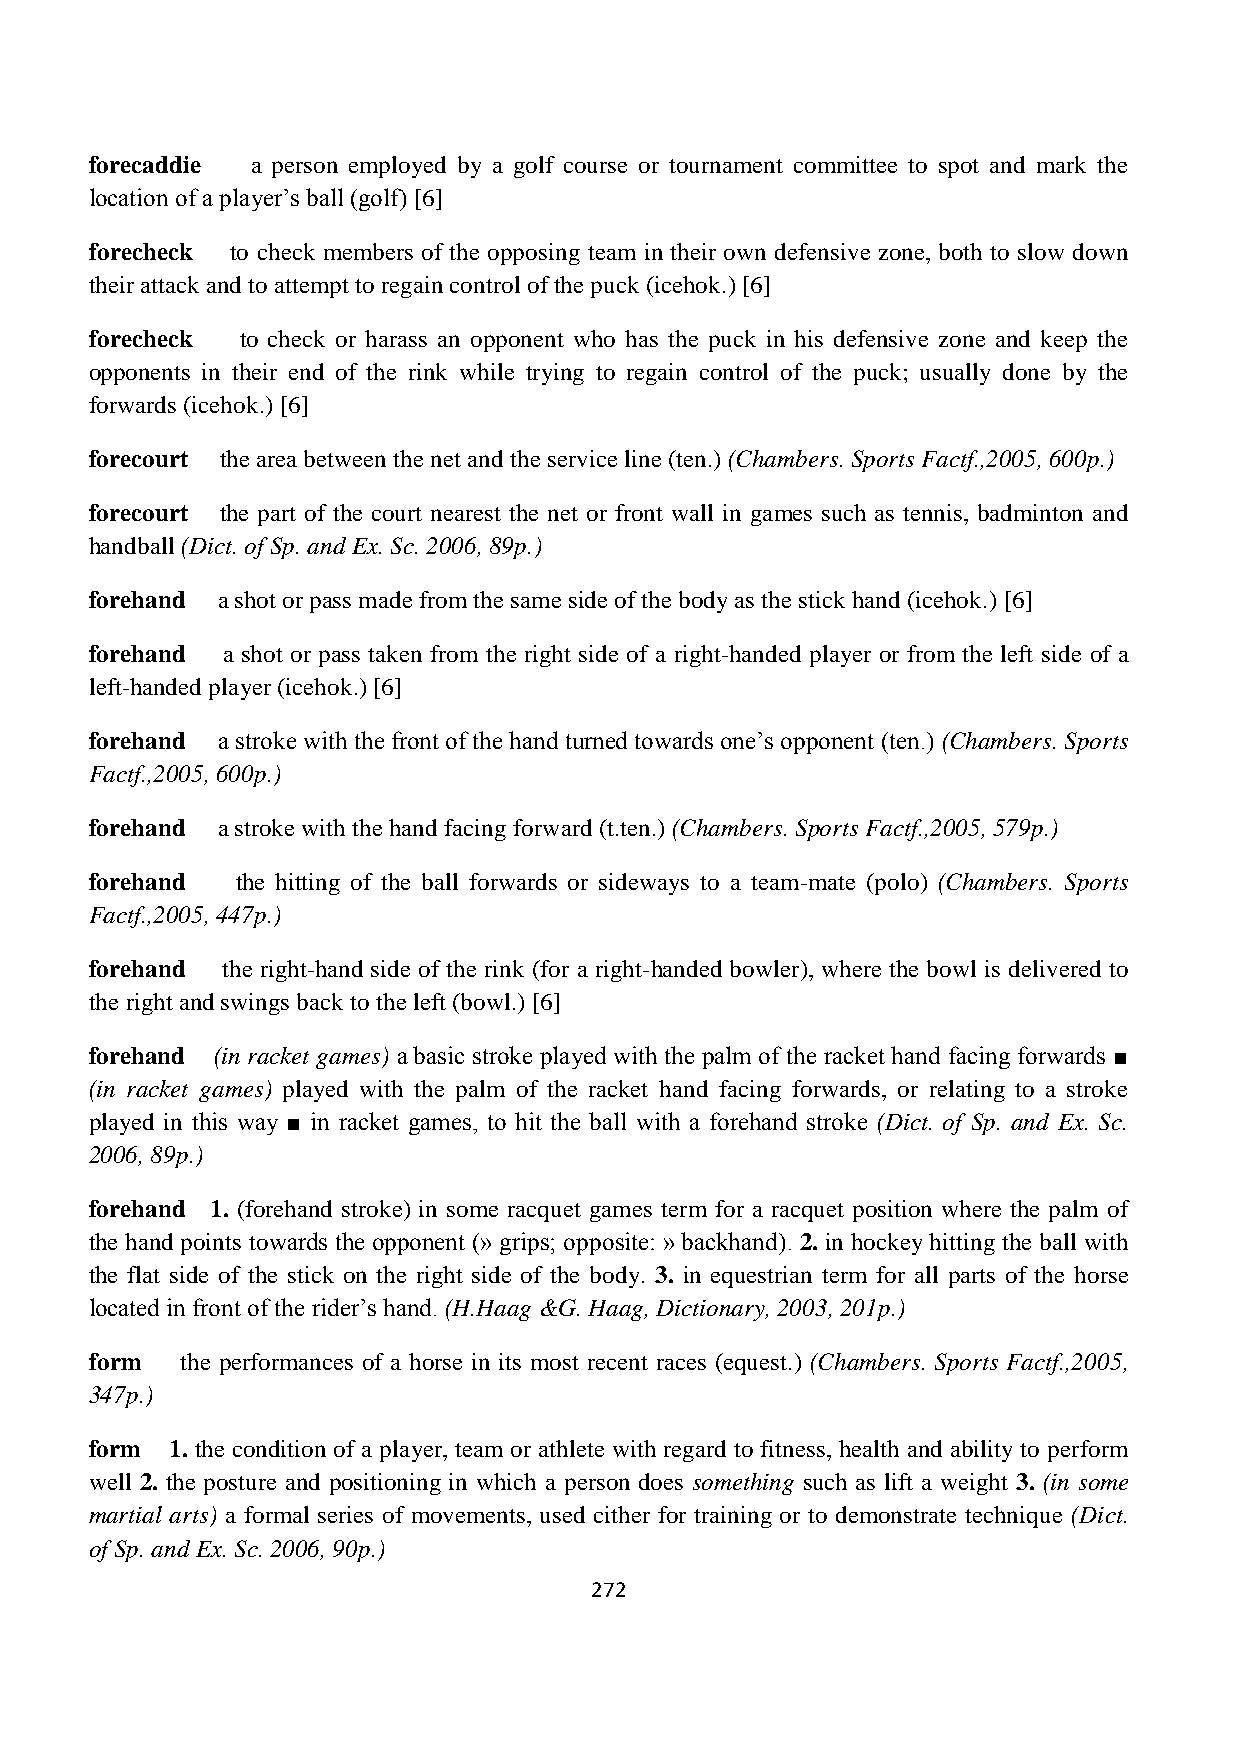
forecaddie a person employed by a golf course or tournament committee to spot and mark the
 location of a player‟s ball (golf) [6]
 forecheck to check members of the opposing team in their own defensive zone, both to slow down
 their attack and to attempt to regain control of the puck (icehok.) [6]
 forecheck to check or harass an opponent who has the puck in his defensive zone and keep the
 opponents in their end of the rink while trying to regain control of the puck; usually done by the
 forwards (icehok.) [6]
 forecourt the area between the net and the service line (ten.) (Chambers. Sports Factf.,2005, 600p.)
 forecourt the part of the court nearest the net or front wall in games such as tennis, badminton and
 handball (Dict. of Sp. and Ex. Sc. 2006, 89p.)
 forehand a shot or pass made from the same side of the body as the stick hand (icehok.) [6]
 forehand a shot or pass taken from the right side of a right-handed player or from the left side of a
 left-handed player (icehok.) [6]
 forehand a stroke with the front of the hand turned towards one‟s opponent (ten.) (Chambers. Sports
 Factf.,2005, 600p.)
 forehand a stroke with the hand facing forward (t.ten.) (Chambers. Sports Factf.,2005, 579p.)
 forehand  the hitting of the ball forwards or sideways to a team-mate (polo) (Chambers. Sports
 Factf.,2005, 447p.)
 forehand the right-hand side of the rink (for a right-handed bowler), where the bowl is delivered to
 the right and swings back to the left (bowl.) [6]
 forehand (in racket games) a basic stroke played with the palm of the racket hand facing forwards ■
 (in racket games) played with the palm of the racket hand facing forwards, or relating to a stroke
 played in this way ■ in racket games, to hit the ball with a forehand stroke (Dict. of Sp. and Ex. Sc.
 2006, 89p.)
 forehand 1. (forehand stroke) in some racquet games term for a racquet position where the palm of
 the hand points towards the opponent (» grips; opposite: » backhand). 2. in hockey hitting the ball with
 the flat side of the stick on the right side of the body. 3. in equestrian term for all parts of the horse
 located in front of the rider‟s hand. (H.Haag &G. Haag, Dictionary, 2003, 201p.)
 form  the performances of a horse in its most recent races (equest.) (Chambers. Sports Factf.,2005,
 347p.)
 form 1. the condition of a player, team or athlete with regard to fitness, health and ability to perform
 well 2. the posture and positioning in which a person does something such as lift a weight 3. (in some
 martial arts) a formal series of movements, used cither for training or to demonstrate technique (Dict.
 of Sp. and Ex. Sc. 2006, 90p.)
 272